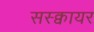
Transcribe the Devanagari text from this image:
सस्क्वायर